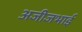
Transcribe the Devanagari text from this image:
अजीजभाई